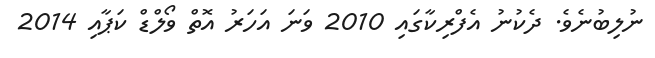
ނުލިބުނެވެ. ދެކުނު އެފްރިކާގައި 2010 ވަނަ އަހަރު އޮތް ވޯލްޑް ކަޕާއި 2014